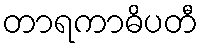
တာရကာဓိပတီ